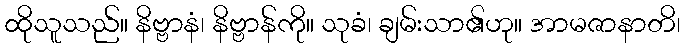
ထိုသူသည်။ နိဗ္ဗာနံ၊ နိဗ္ဗာန်ကို။ သုခံ၊ ချမ်းသာ၏ဟု။ အာမဇာနာတိ၊